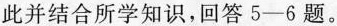
此并结合所学知识，回答5—6题。